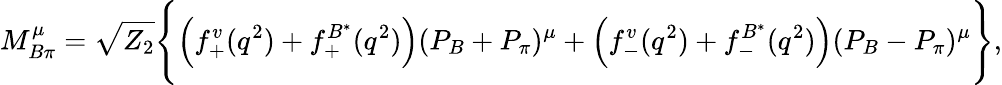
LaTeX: M_{B\pi}^{\mu}=\sqrt{Z_{2}}\Bigg\{ \Big(f_{+}^{v}(q^{2})+f_{+}^{B^{*}}(q^{2})\Big)(P_{B}+P_{\pi})^{\mu}+\Big(f_{-}^{v}(q^{2})+f_{-}^{B^{*}}(q^{2})\Big)(P_{B}-P_{\pi})^{\mu}\Bigg\} ,